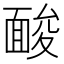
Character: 𩈥